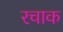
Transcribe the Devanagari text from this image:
रचाक